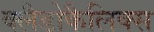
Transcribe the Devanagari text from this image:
क्लैडोकैलिक्स